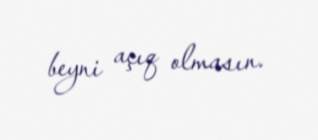
beyni açıq olmasın.